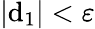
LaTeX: |\mathrm{d}_{1}|<\varepsilon